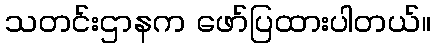
သတင်းဌာနက ဖော်ပြထားပါတယ်။